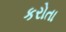
કરોતા